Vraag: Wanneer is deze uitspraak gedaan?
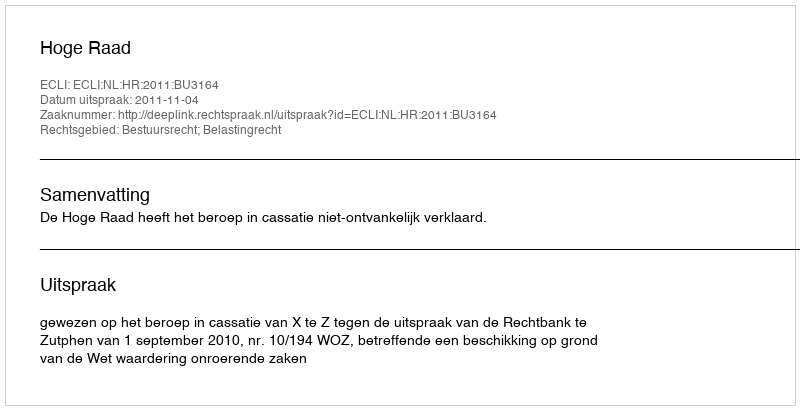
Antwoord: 2011-11-04